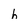
Character: h